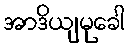
အာဒိယျမုခေါ